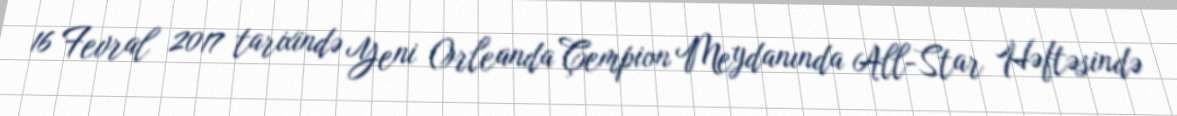
16 Fevral 2017 tarixində Yeni Orleanda Çempion Meydanında All-Star Həftəsində